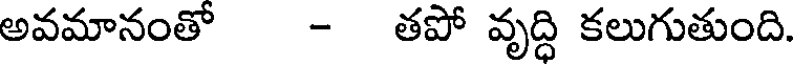
అవమానంతో - తపో వృద్ధి కలుగుతుంది.